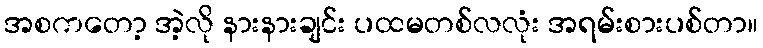
အစကတော့ အဲ့လို နားနားချင်း ပထမတစ်လလုံး အရမ်းစားပစ်တာ။